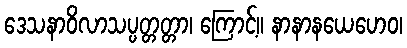
ဒေသနာဝိလာသပ္ပတ္တတ္တာ၊ ကြောင့်။ နာနာနယေဟေဝ၊